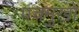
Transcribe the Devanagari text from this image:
पंचमुखों